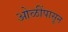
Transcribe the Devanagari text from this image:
ओळींपासून